Enquiry on enteric fever in India - Number 32
Disease focus: Fever
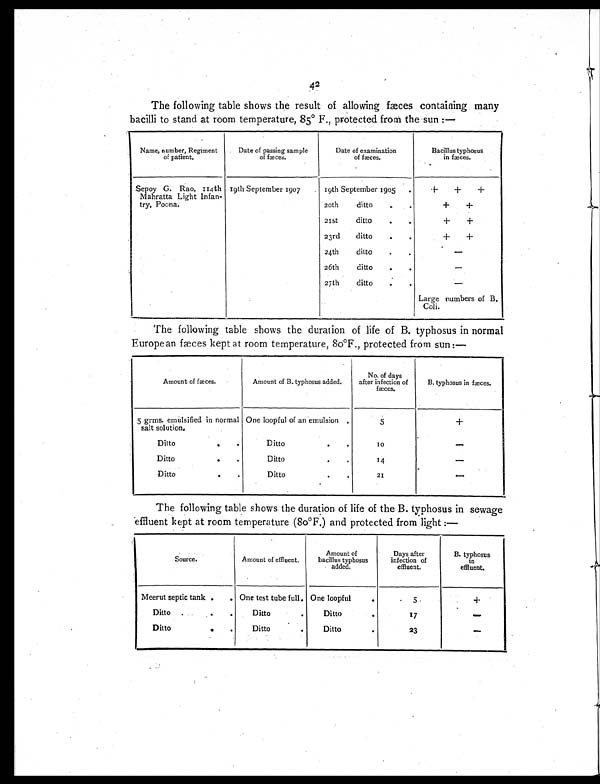
42
The following table shows the result of allowing fæces containing, many
bacilli to stand at room temperature, 85° F., protected from the sun:—
Name, number, Regiment
of patient.
Date of passing sample
of fæces.
Date of examination
of fæces.
Bacillus typhosus
in fæces.
Sepoy G. Rao, 114th
Mahratta Light Infan-
try, Poona.
19th September 1907
19th September 1905
.
+ +
+
20th ditto
.
.
+ +
21st ditto
.
.
+ +
23rd ditto
.
.
+ +
24th ditto
.
.
—
26th ditto
.
.
—
27th ditto
.
.
—
Large numbers of B.
Coli.
The following table shows the duration of life of B. typhosus in normal
European fæces kept at room temperature, 80°F., protected from sun:—
Amount of fæces.
Amount of B. typhosus added.
No. of days
after infection of
fæces.
B. typhosus in fæces.
5 grms. emulsified in normal
salt solution,
One loopful of an emulsion .
5
+
Ditto
.
.
D i t t o
. .
1 0
—
Ditto
.
.
D i t t o
. .
14
—
Ditto
.
.
D i t t o
.
.
21
—
The following table shows the duration of life of the B. typhosus in sewage
effluent kept at room temperature (80°F,) and protected from light:—
Source.
Amount of effluent.
Amount of
bacillus typhosus
added.
Days after
infection of
effluent.
B. typhosus
in
effluent.
Meerut septic tank .
. One test tube full . One loopful
.
5
+
Ditto
.
.
D i t t o
.
Ditto
.
17
—
Ditto
.
.
Ditto
.
D i t t o
.
23
—